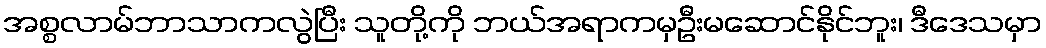
အစ္စလာမ်ဘာသာကလွဲပြီး သူတို့ကို ဘယ်အရာကမှဦးမဆောင်နိုင်ဘူး၊ ဒီဒေသမှာ